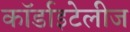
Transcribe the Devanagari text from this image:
कॉर्डाइटेलीज